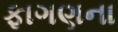
ફાગણના